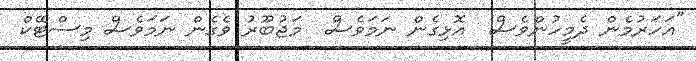
"އަހަރުމެން ދެމީހުންވެސް  އޮޅިގެން ނަމަވެސް  މަޖުބޫރު ވެގެން ނަމަވެސް މިސްޓޭކް